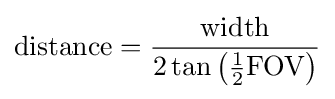
{\text{distance}}={\frac {\text{width}}{2\tan \left({\frac {1}{2}}{\text{FOV}}\right)}}